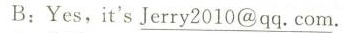
B:Yes,it's\underline{Jerry 2010@qq.Com.}